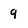
Character: 9